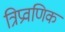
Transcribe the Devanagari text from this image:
त्रिप्रवणिक